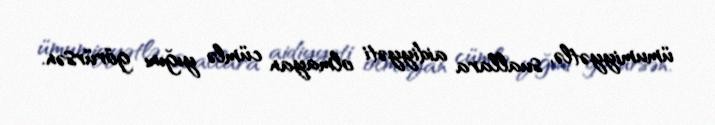
ümumiyyətlə, suallara aidiyyəti olmayan cümlə yığını görürsən.